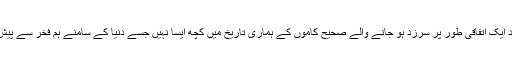
سوائے چند ایک اتفاقی طور پر سرزد ہو جانے والے صحیح کاموں کے ہماری تاریخ میں کچھ ایسا نہیں جسے دنیا کے سامنے ہم فخر سے پیش کرسکیں۔